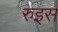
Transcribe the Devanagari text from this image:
रुइस